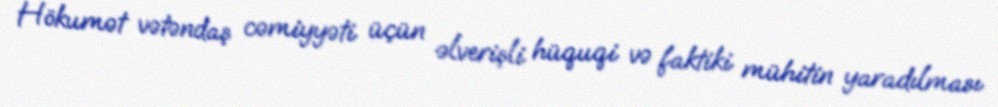
Hökumət vətəndaş cəmiyyəti üçün əlverişli hüquqi və faktiki mühitin yaradılması